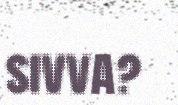
sivva?